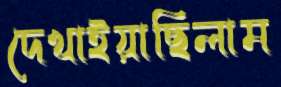
দেখাইয়াছিলাম